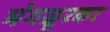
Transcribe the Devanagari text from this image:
मंगळूरकर